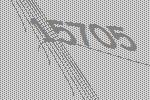
15705